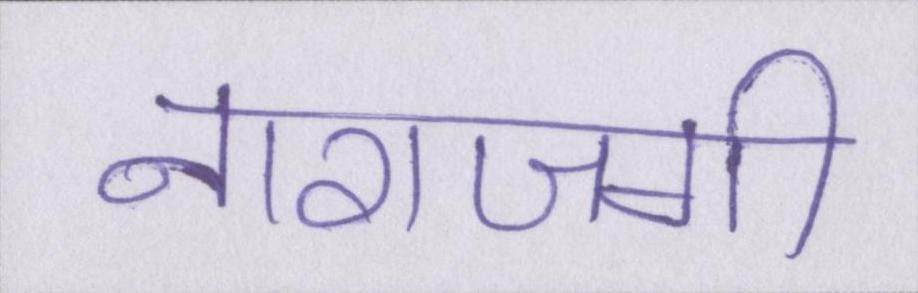
नाराजगी